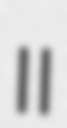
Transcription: II